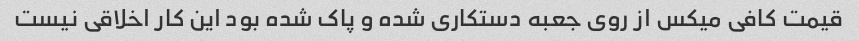
قیمت کافی میکس از روی جعبه دستکاری شده و پاک شده بود این کار اخلاقی نیست